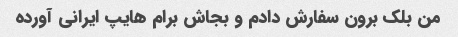
من بلک برون سفارش دادم و بجاش برام هایپ ایرانی آورده